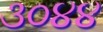
૩૦૪૪